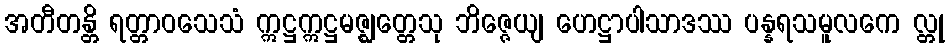
အတီတန္တိ ရတ္တာဝသေသံ ဣဋ္ဌဣဋ္ဌမဇ္ဈတ္တေသု ဘိဇ္ဇေယျ ဟေဋ္ဌာပါသာဒဿ ပန္နရသမူလကေ လ္တု